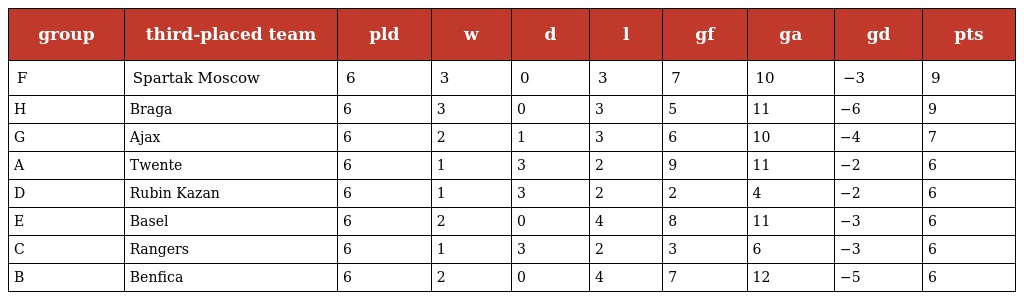
| group | third-placed team | pld | w | d | l | gf | ga | gd | pts |
 | --- | --- | --- | --- | --- | --- | --- | --- | --- | --- |
 | F | Spartak Moscow | 6 | 3 | 0 | 3 | 7 | 10 | −3 | 9 |
 | H | Braga | 6 | 3 | 0 | 3 | 5 | 11 | −6 | 9 |
 | G | Ajax | 6 | 2 | 1 | 3 | 6 | 10 | −4 | 7 |
 | A | Twente | 6 | 1 | 3 | 2 | 9 | 11 | −2 | 6 |
 | D | Rubin Kazan | 6 | 1 | 3 | 2 | 2 | 4 | −2 | 6 |
 | E | Basel | 6 | 2 | 0 | 4 | 8 | 11 | −3 | 6 |
 | C | Rangers | 6 | 1 | 3 | 2 | 3 | 6 | −3 | 6 |
 | B | Benfica | 6 | 2 | 0 | 4 | 7 | 12 | −5 | 6 |